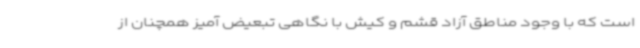
است که با وجود مناطق آزاد قشم و کیش با نگاهی تبعیض آمیز همچنان از